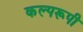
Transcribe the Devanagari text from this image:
कल्परूपी